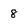
Character: 8